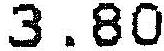
3.80